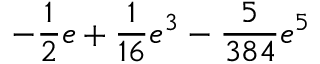
- \frac { 1 } { 2 } e + \frac { 1 } { 1 6 } e ^ { 3 } - \frac { 5 } { 3 8 4 } e ^ { 5 }